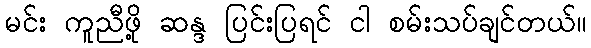
မင်း ကူညီဖို့ ဆန္ဒ ပြင်းပြရင် ငါ စမ်းသပ်ချင်တယ်။